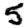
Digit: 5